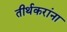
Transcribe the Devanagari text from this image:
तीर्थकरांना